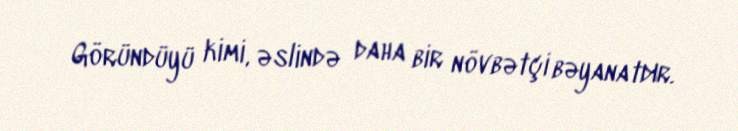
Göründüyü kimi, əslində daha bir növbətçi bəyanatdır.